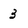
Character: 3